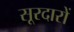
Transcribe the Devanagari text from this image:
सूरदारों